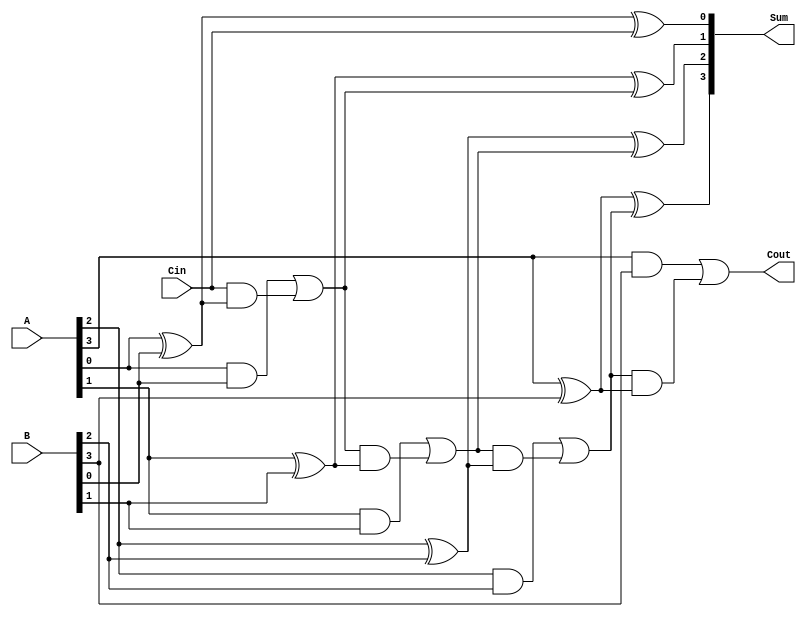
module conditional_sum_adder #(parameter N = 4) (
    input  wire [N-1:0] A,      // First n-bit input
    input  wire [N-1:0] B,      // Second n-bit input
    input  wire Cin,             // Carry-in
    output wire [N-1:0] Sum,     // n-bit sum output
    output wire Cout             // Carry-out
);

    wire [N:0] C;               // Carry signals
    wire [N-1:0] P;             // Partial sums

    // Generate carry signals and partial sums
    assign C[0] = Cin;          // Initial carry-in
    genvar i;
    generate
        for (i = 0; i < N; i = i + 1) begin : CSA
            // Partial sum calculation
            assign P[i] = A[i] ^ B[i] ^ C[i];

            // Carry generation
            assign C[i + 1] = (A[i] & B[i]) | (C[i] & (A[i] ^ B[i]));
        end
    endgenerate

    // Final sum calculation
    assign Sum = P;             // The final sum is the partial sums
    assign Cout = C[N];         // Carry-out is the last carry

endmodule